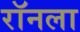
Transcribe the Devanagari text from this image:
रॉनला